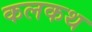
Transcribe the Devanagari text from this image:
कलकथ